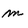
Character: m